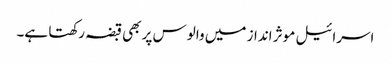
اسرائیل موثر انداز میں والوس پر بھی قبضہ رکھتا ہے۔